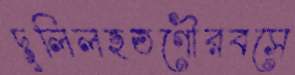
দুলিলহতগৌরবসে